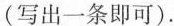
(写出一条即可).